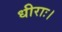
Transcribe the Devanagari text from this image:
धीराः।